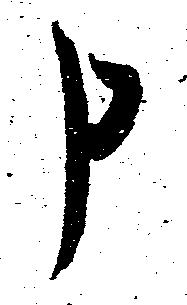
申